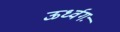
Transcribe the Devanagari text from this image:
ऊर्ध्वगः